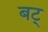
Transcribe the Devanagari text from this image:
बट्